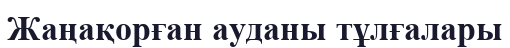
Жаңақорған ауданы тұлғалары